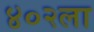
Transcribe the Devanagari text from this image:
४०२ला